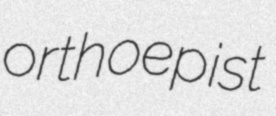
orthoepist